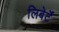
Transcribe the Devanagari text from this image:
लिबेर्टॅ